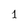
Character: 1